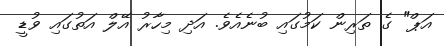
އަޕް" ގެ ތަރިން ކަމުގައި ބުނެއެވެ. އަދި މިހާރު އޭލް އަތުގައި ވުޑީ